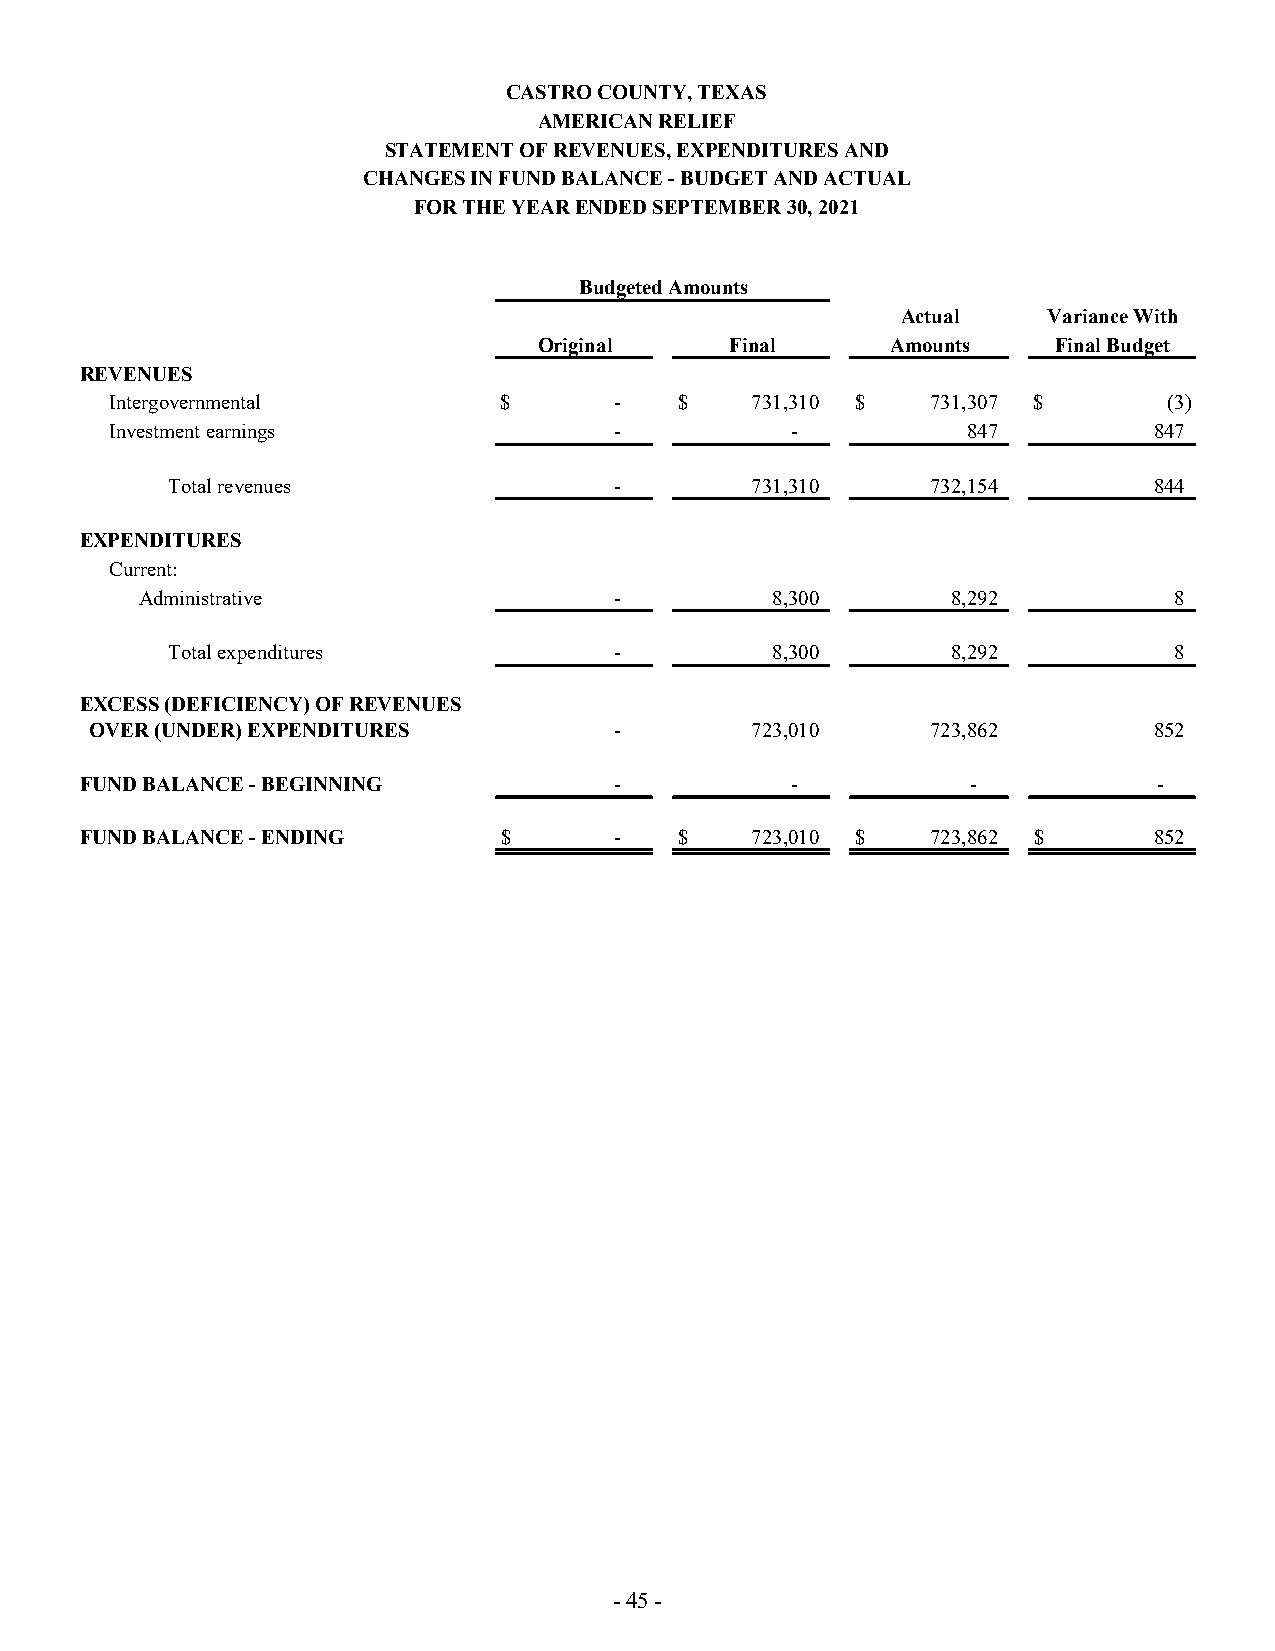
CASTRO COUNTY, TEXAS
 AMERICAN RELIEF
 STATEMENT OF REVENUES, EXPENDITURES AND
 CHANGES IN FUND BALANCE - BUDGET AND ACTUAL
 FOR THE YEAR ENDED SEPTEMBER 30, 2021
 Budgeted Amounts
 Actual   Variance With
 Original    Final      Amounts    Final Budget
 REVENUES
 Intergovernmental         $       -   $    731,310 $   731,307 $      (3)
 Investment earnings               -          -           847         847
 Total revenues                -        731,310     732,154       844
 EXPENDITURES
 Current:
 Administrative                  -         8,300       8,292          8
 Total expenditures            -         8,300       8,292          8
 EXCESS (DEFICIENCY) OF REVENUES
 OVER (UNDER) EXPENDITURES          -        723,010     723,862       852
 FUND BALANCE - BEGINNING            -          -           -            -
 FUND BALANCE - ENDING       $       -   $    723,010 $   723,862 $     852
 - 45 -